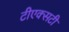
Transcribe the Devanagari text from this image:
टीएक्सटी